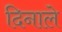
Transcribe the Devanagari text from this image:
दिनाले